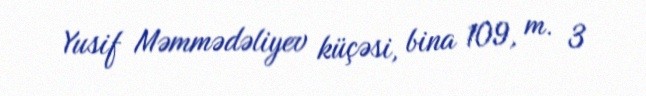
Yusif Məmmədəliyev küçəsi, bina 109, m. 3